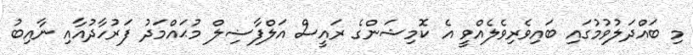
މި ބައްދަލުވުމުގައި ބައިވެރިވެލެއްވީ އެ ކޮމިޝަންގެ ރައީސް އަލްފާޟިލް މުޙައްމަދު ފަރުހާދުއާއި ނާއިބު